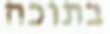
בתוכה